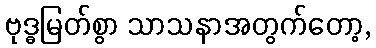
ဗုဒ္ဓမြတ်စွာ သာသနာအတွက်တော့,